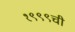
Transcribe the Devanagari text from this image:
१९९९ची